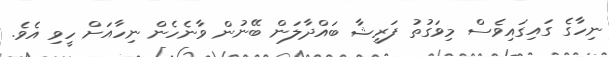
ނިހާގެ ގައިގައިވެސް މިވަގުތު ފަރީޝާ ބައްދާލަން ބޭނުން ވާނެހެން ނިހާއަށް ހީވި އެވެ.